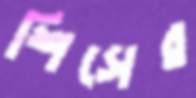
শিসের